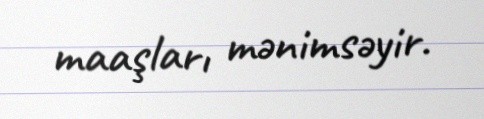
maaşları mənimsəyir.